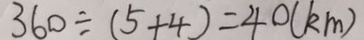
3 6 0 \div ( 5 + 4 ) = 4 0 ( k m )